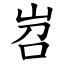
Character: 岧